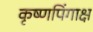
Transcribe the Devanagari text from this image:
कृष्णपिंगाक्ष